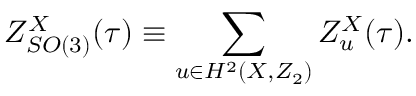
Z _ { S O ( 3 ) } ^ { X } ( \tau ) \equiv \sum _ { u \in H ^ { 2 } ( X , Z _ { 2 } ) } Z _ { u } ^ { X } ( \tau ) .